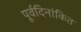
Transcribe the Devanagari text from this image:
पूर्वदिनांकित